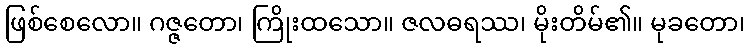
ဖြစ်စေလော။ ဂဇ္ဇတော၊ ကြိုးထသော။ ဇလဓရဿ၊ မိုးတိမ်၏။ မုခတော၊